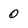
Character: 0